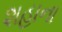
શહાના